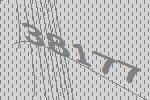
38177